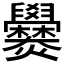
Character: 𬋡